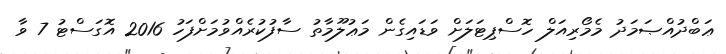
ޢަބްދުއްޞަމަދު މެމޯރިއަލް ހޮސްޕިޓަލަށް ވަޑައިގެން މަޢުލޫމާތު ސާފުކުރެއްވުމަށްފަހު 2016 އޮގަސްޓު 7 ވާ